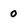
Character: 0